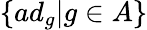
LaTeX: \{ ad_{g}|g\in A\}